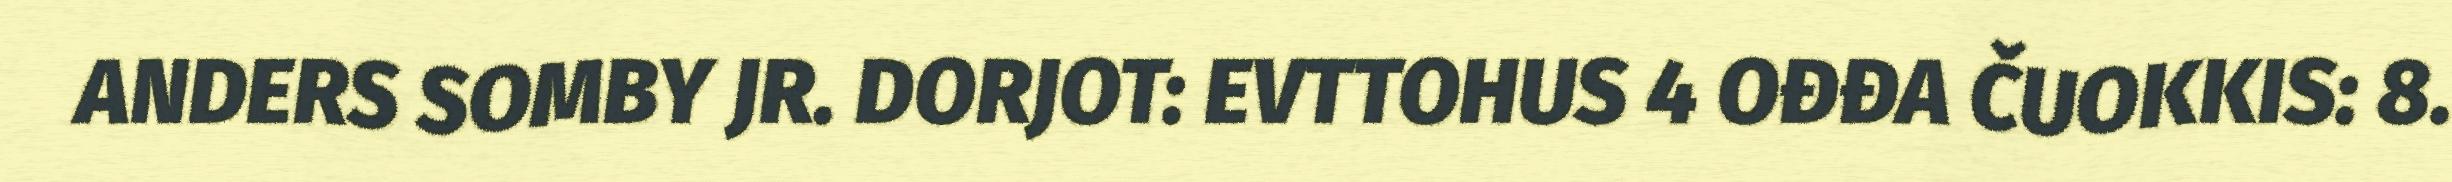
ANDERS SOMBY JR. DORJOT: EVTTOHUS 4 OĐĐA ČUOKKIS: 8.